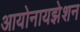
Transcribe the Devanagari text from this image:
आयोनायझेशन